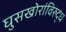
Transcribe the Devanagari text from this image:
घुसखोरांविरुद्ध